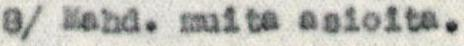
8/ Mahd. muita asioita.